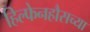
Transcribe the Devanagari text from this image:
हिल्फेनहौसच्या